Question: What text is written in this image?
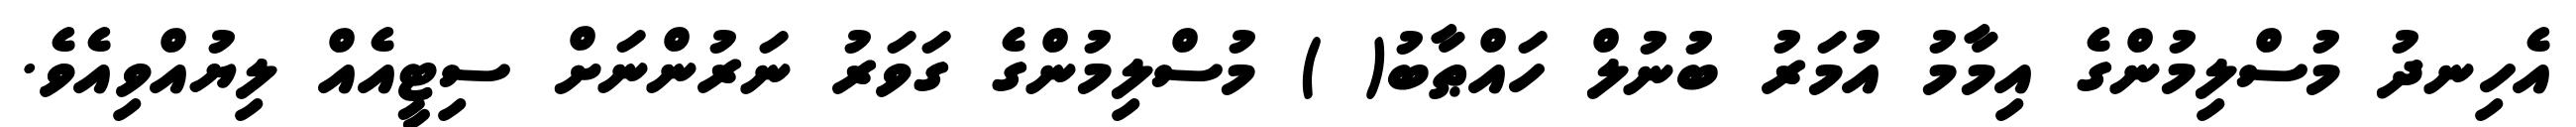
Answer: އެހިނދު މުސްލިމުންގެ އިމާމު އުމަރު ބުނުލް ހައްޠާބު( ) މުސްލިމުންގެ ގަވަރު ނަރުންނަށް ސިޓީއެއް ލިޔުއްވިއެވެ.